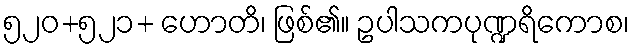
၅၂၀+၅၂၁+ ဟောတိ၊ ဖြစ်၏။ ဥပါသကပုဏ္ဍရိကောစ၊